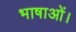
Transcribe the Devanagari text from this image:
भाषाओं।